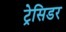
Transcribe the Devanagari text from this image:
ट्रेसिडर